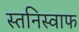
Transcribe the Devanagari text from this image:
स्तनिस्वाफ